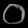
Digit: ၀